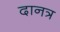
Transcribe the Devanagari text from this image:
दानत्र